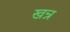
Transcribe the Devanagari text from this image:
खन्र